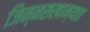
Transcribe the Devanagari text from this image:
जिन्नसखान्यात